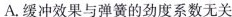
A.缓冲效果与弹簧的劲度系数无关